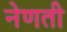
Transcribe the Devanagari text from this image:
नेणती